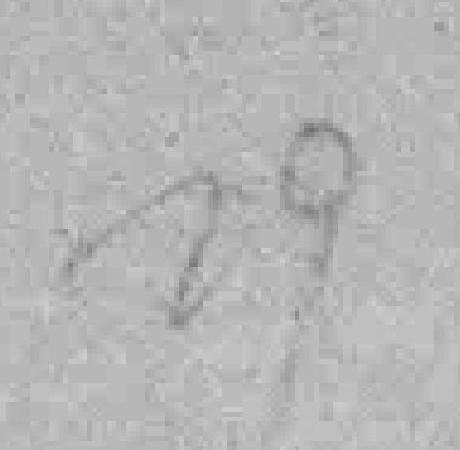
29